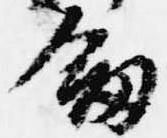
剣